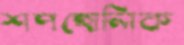
শপহোলিক